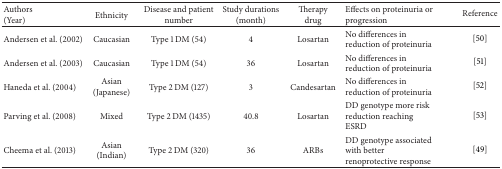
| Authors(Year) | Ethnicity | Disease and patient number | Study durations(month) | Therapy drug | Effects on proteinuria or progression | Reference |
 | --- | --- | --- | --- | --- | --- | --- |
 | Andersen et al. (2002) | Caucasian | Type 1 DM (54) | 4 | Losartan | No differences in reduction of proteinuria | [50] |
 | Andersen et al. (2003) | Caucasian | Type 1 DM (54) | 36 | Losartan | No differences in reduction of proteinuria | [51] |
 | Haneda et al. (2004) | Asian(Japanese) | Type 2 DM (127) | 3 | Candesartan | No differences in reduction of proteinuria | [52] |
 | Parving et al. (2008) | Mixed | Type 2 DM (1435) | 40.8 | Losartan | DD genotype more risk reduction reaching ESRD | [53] |
 | Cheema et al. (2013) | Asian(Indian) | Type 2 DM (320) | 36 | ARBs | DD genotype associated with better renoprotective response | [49] |